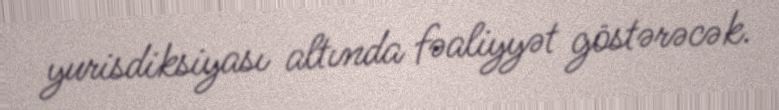
yurisdiksiyası altında fəaliyyət göstərəcək.